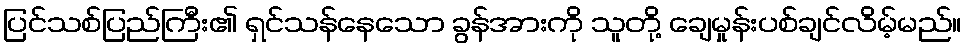
ပြင်သစ်ပြည်ကြီး၏ ရှင်သန်နေသော ခွန်အားကို သူတို့ ချေမှုန်းပစ်ချင်လိမ့်မည်။